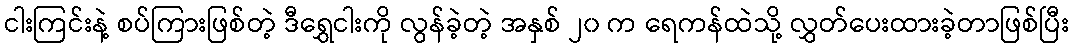
ငါးကြင်းနဲ့ စပ်ကြားဖြစ်တဲ့ ဒီရွှေငါးကို လွန်ခဲ့တဲ့ အနှစ် ၂၀ က ရေကန်ထဲသို့ လွှတ်ပေးထားခဲ့တာဖြစ်ပြီး